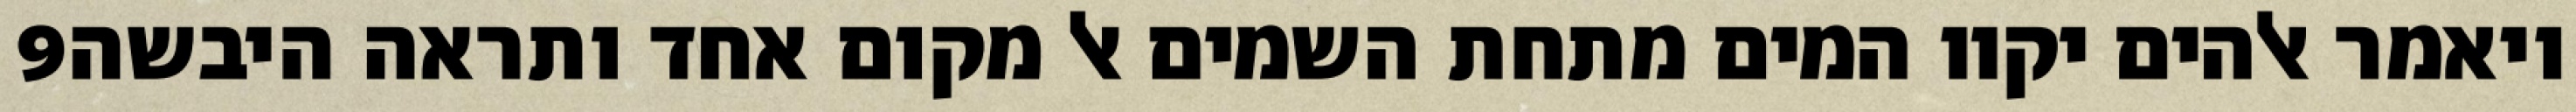
‎9‏ ויאמר אלהים יקוו המים מתחת השמים אל מקום אחד ותראה היבשה